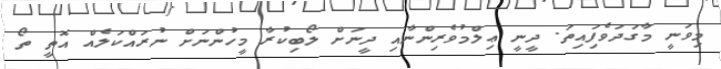
މިވަނީ މާގަދަވެފަިއިތަ. ދީނީ ޢިލްމުވެރިންނާއި ދީނަށް ލޯބިކުރާ މީހުންނަށް ނުރައްކަލެއް އޮތީ ތޯ